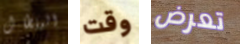
البنطال وقت تعرض